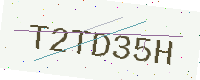
Text: T2TD35H